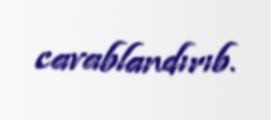
cavablandırıb.